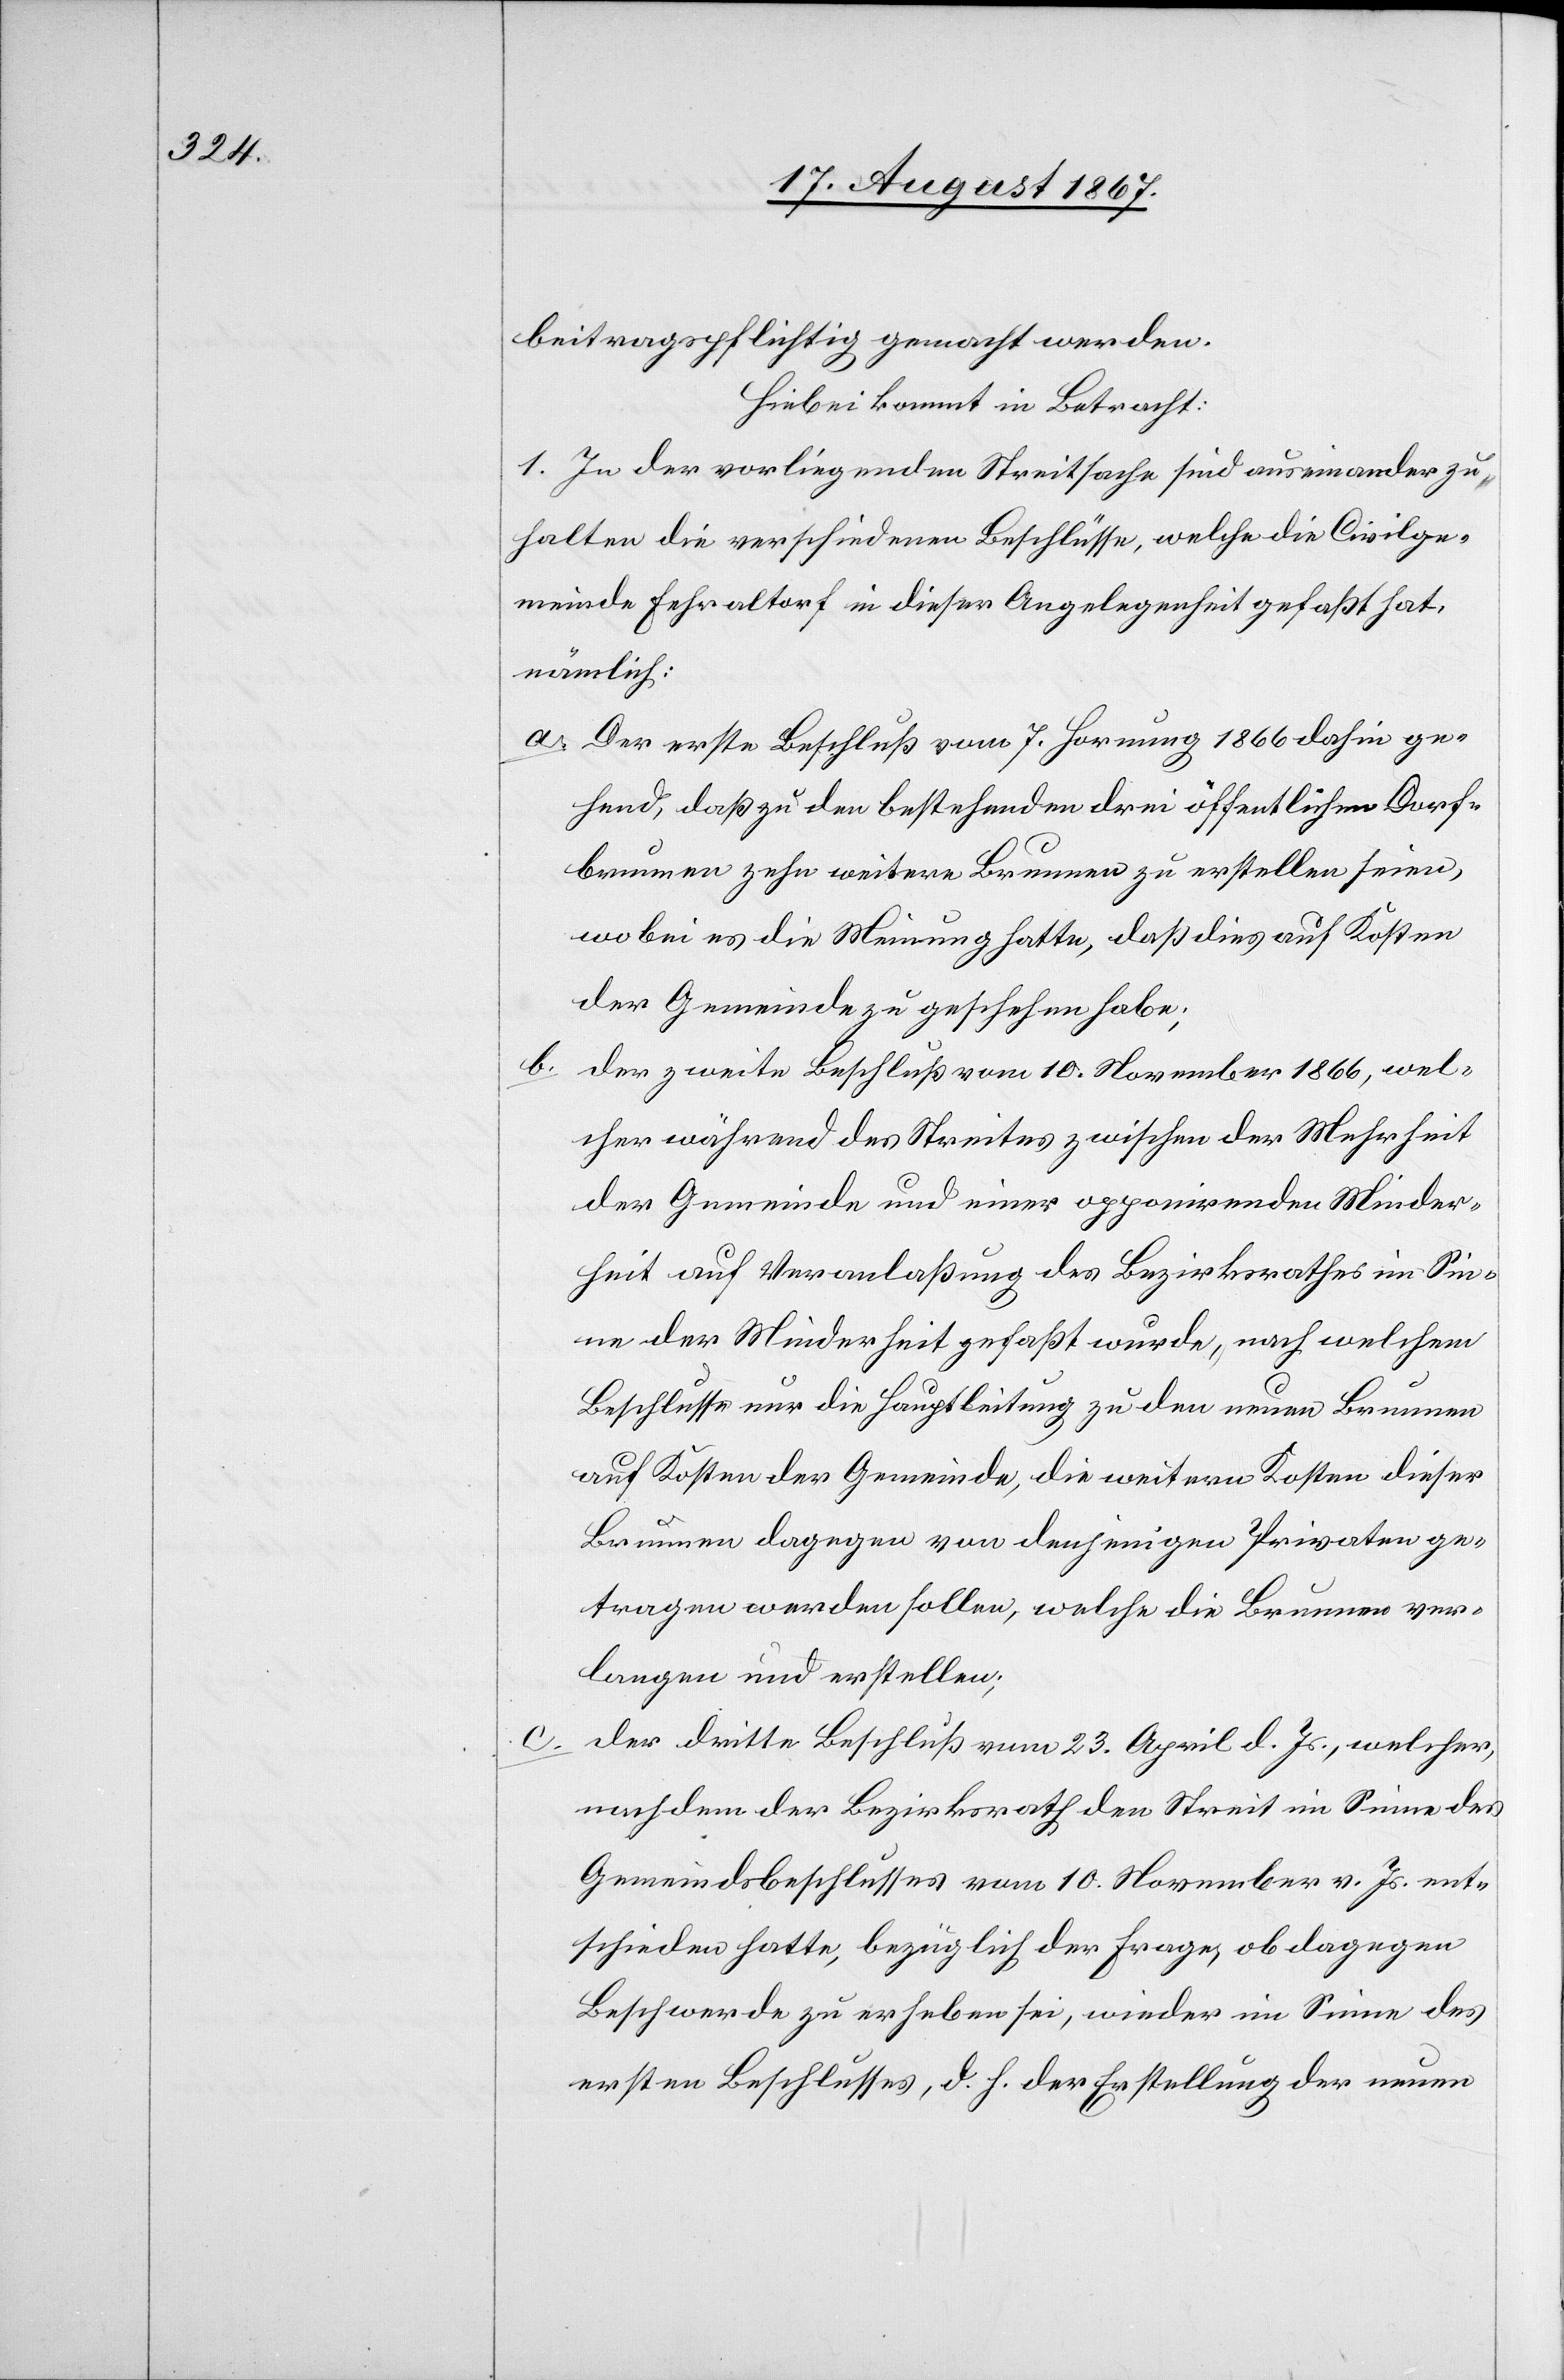
beitragspflichtig gemacht werden.
Hiebei kommt in Betracht:
1. In der vorliegenden Streitsache sind auseinander zu¬
halten die verschiedenen Beschlüsse, welche die Civilge¬
meinde Fehraltorf in dieser Angelegenheit gefaßt hat,
nämlich:
a. Der erste Beschluß vom 7. Hornung 1866 dahin ge¬
hend, daß zu den bestehenden drei öffentlichen Dorf¬
brunnen zehn weitere Brunnen zu erstellen seien,
wobei es die Meinung hatte, daß dies auf Kosten
der Gemeinde zu geschehen habe;
der zweite Beschluß vom 10. November 1866, wel¬
cher während des Streites zwischen der Mehrheit
der Gemeinde und einer opponirenden Minder¬
heit auf Veranlaßung des Bezirksrathes im Sin¬
ne der Minderheit gefaßt wurde, nach welchem
Beschluss nur die Hauptleitung zu den neuen Brunnen
auf Kosten der Gemeinde, die weitern Kosten dieser
Brunnen dagegen von denjenigen Privaten ge¬
tragen werden sollen, welche die Brunnen ver¬
langen und erstellen;
der dritte Beschluß vom 23. April d. Js., welcher,
nachdem der Bezirksrath den Streit im Sinne des
Gemeindsbeschlusses vom 10. November v. Js. ent¬
schieden hatte, bezüglich der Frage, ob dagegen
Beschwerde zu erheben sei, wieder im Sinne des
ersten Beschlusses, d. h. der Erstellung der neuen